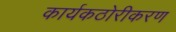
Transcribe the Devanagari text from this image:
कार्यकठोरीकरण